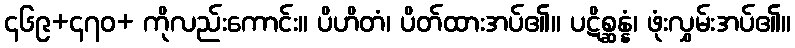
၄၆၉+၄၇၀+ ကိုလည်းကောင်း။ ပိဟိတံ၊ ပိတ်ထားအပ်၏။ ပဋိစ္ဆန္နံ၊ ဖုံးလွှမ်းအပ်၏။